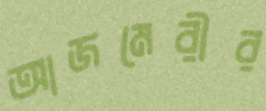
আজমেরীর